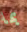
بما